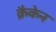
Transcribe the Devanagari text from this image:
क्रैकेन